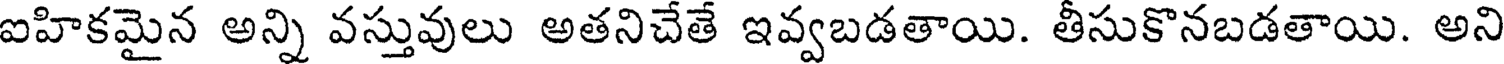
ఐహికమైన అన్ని వస్తువులు అతనిచేతే ఇవ్వబడతాయి. తీసుకొనబడతాయి. అని